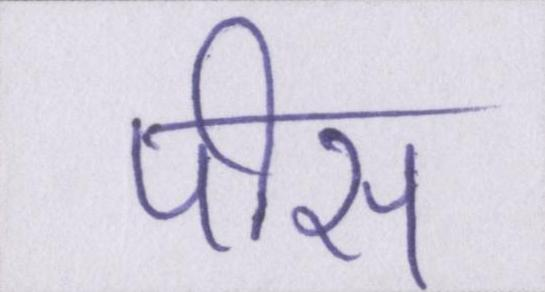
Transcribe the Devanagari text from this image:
पीस